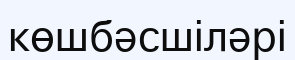
көшбәсшіләрі